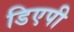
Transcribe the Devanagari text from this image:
डिएपी